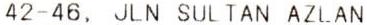
42-46, JLN SULTAN AZLAN